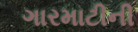
ગારમાટીની